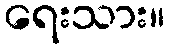
ရေးသား။